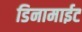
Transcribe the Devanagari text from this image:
डिनामाईट